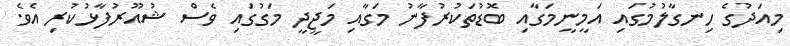
މިއަދުގެ ހިނގާލުމުގައި އަމީނީމަގާއި ބޮޑުތަކުރުފާނު މަގާއި މަޖީދީ މަގުގައި ވެސް ޝުއޫރުފާޅުކުރި އެވެ.